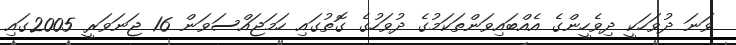
ވަނަ ދުވަހަކީ ދިވެހީންގެ އެއްބައިވަންތަކަމުގެ ދުވަހުގެ ގޮތުގައި ހަމަޖައްސަވަން 16 ޖަނަވަރީ 2005ގައި